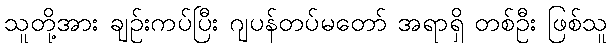
သူတို့အား ချဉ်းကပ်ပြီး ဂျပန်တပ်မတော် အရာရှိ တစ်ဦး ဖြစ်သူ